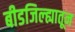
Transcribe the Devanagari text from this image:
बीडजिल्ह्यातून